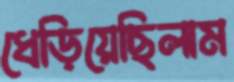
ধেড়িয়েছিলাম